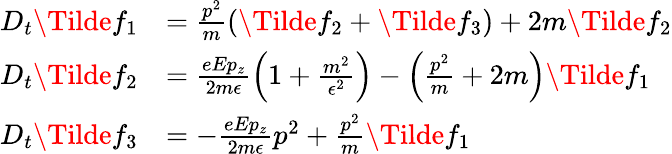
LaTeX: \begin{array}{rl}{D_{t}\Tilde{f}_{1}}&{=\frac{p^{2}}{m}(\Tilde{f}_{2}+\Tilde{f}_{3})+2m\Tilde{f}_{2}}\\ {D_{t}\Tilde{f}_{2}}&{=\frac{eEp_{z}}{2m\epsilon}\Big(1+\frac{m^{2}}{\epsilon^{2}}\Big)-\Big(\frac{p^{2}}{m}+2m\Big)\Tilde{f}_{1}}\\ {D_{t}\Tilde{f}_{3}}&{=-\frac{eEp_{z}}{2m\epsilon}p^{2}+\frac{p^{2}}{m}\Tilde{f}_{1}}\end{array}